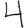
Digit: 4